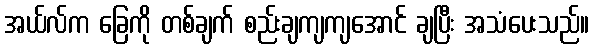
အယ်လ်က ခြေကို တစ်ချက် စည်းချကျကျအောင် ချပြီး အသံပေးသည်။